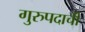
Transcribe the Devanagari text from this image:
गुरुपदाची